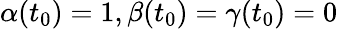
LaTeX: \alpha(t_{0})=1,\beta(t_{0})=\gamma(t_{0})=0